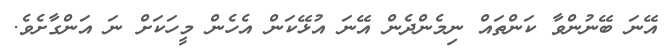
އޭނަ ބޭނުންވާ ކަންތައް ނިމެންދެން އޭނަ އުޅޭކަން އެހެން މީހަކަށް ނަ އަންގާށެވެ.